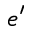
e ^ { \prime }